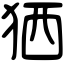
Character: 𤞏